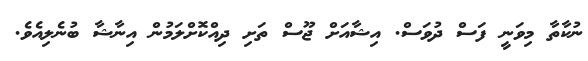
ނުކާތާ މިވަނީ ފަސް ދުވަސް. އިޝާއަށް ޖޫސް ތަށި ދިއްކޮށްލަމުން އިނާޝާ ބުނެލިއެވެ.